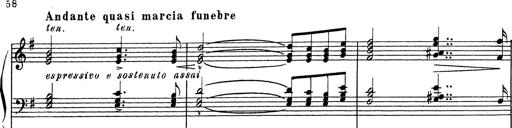
Title: Grosses Konzertsolo
Composer: Franz Liszt